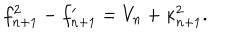
f _ { n + 1 } ^ { 2 } - f _ { n + 1 } ^ { \prime } = V _ { n } + \kappa _ { n + 1 } ^ { 2 } .